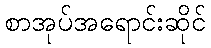
စာအုပ်အရောင်းဆိုင်